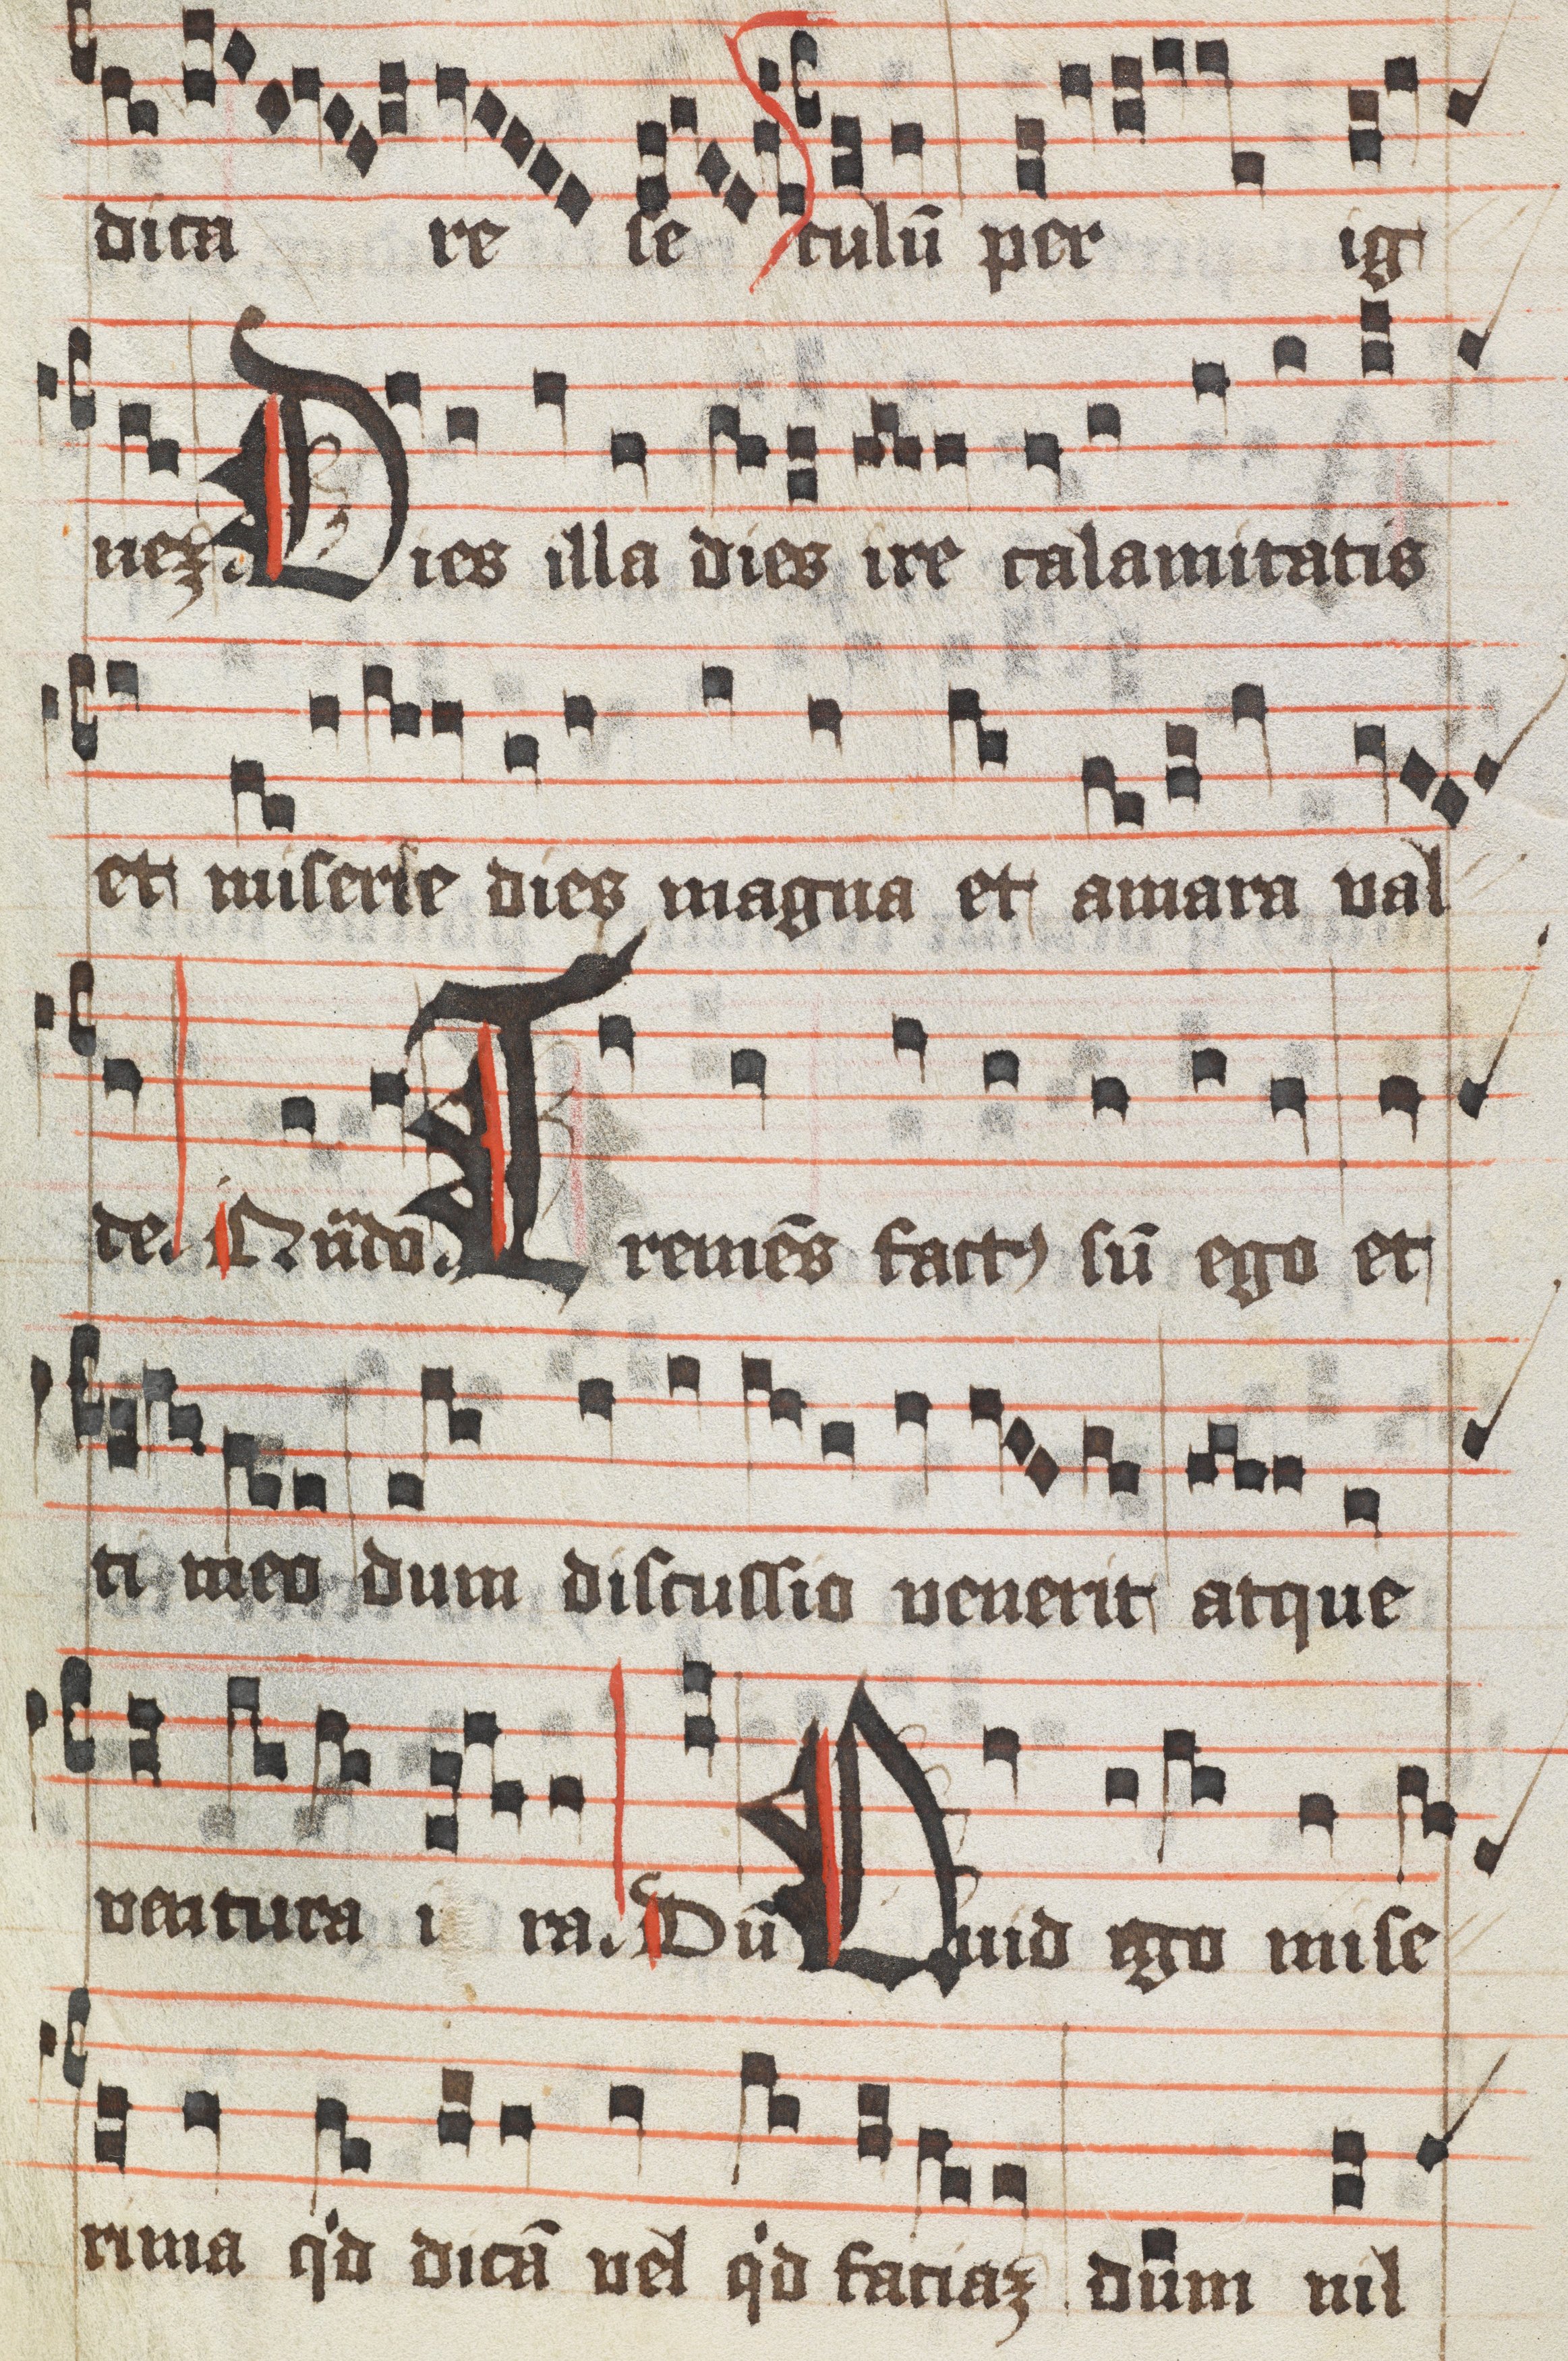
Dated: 1400–1499